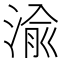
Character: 渝